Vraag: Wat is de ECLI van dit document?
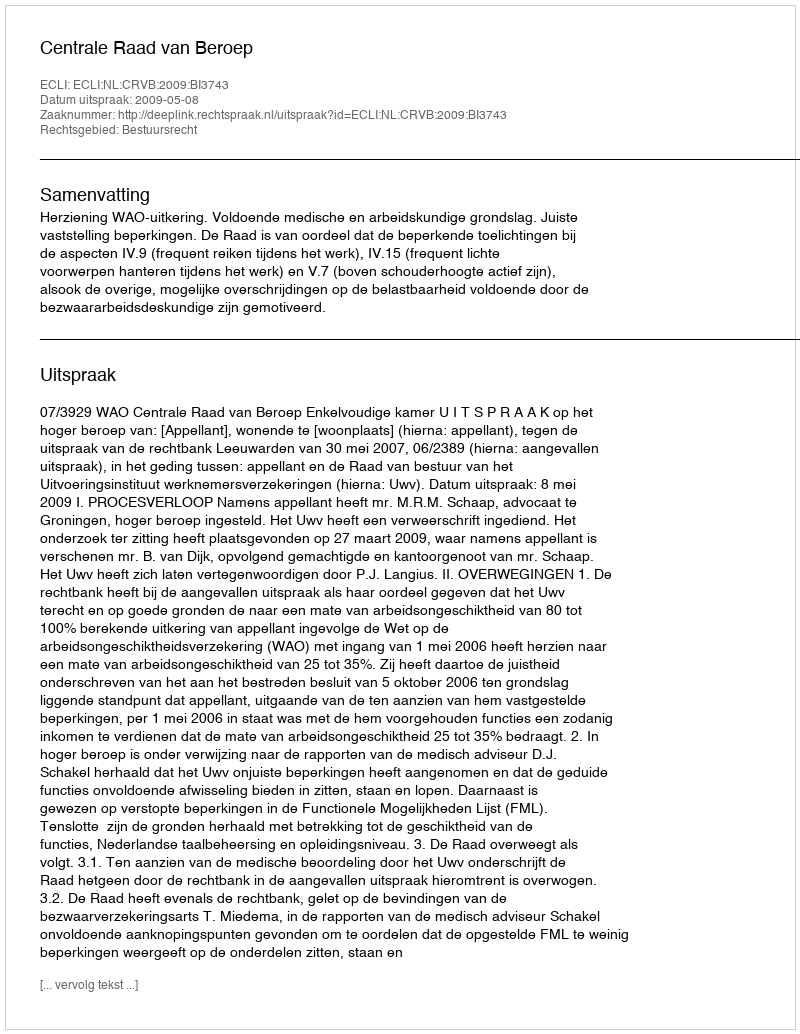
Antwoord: ECLI:NL:CRVB:2009:BI3743